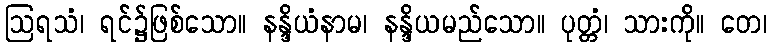
ဩရသံ၊ ရင်၌ဖြစ်သော။ နန္ဒိယံနာမ၊ နန္ဒိယမည်သော။ ပုတ္တံ၊ သားကို။ တေ၊